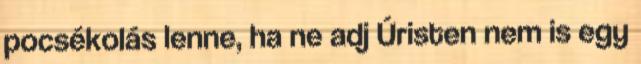
pocsékolás lenne, ha ne adj Úristen nem is egy